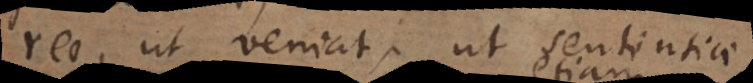
reo, ut veniat, ut sententiae